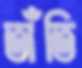
তাঁতি